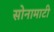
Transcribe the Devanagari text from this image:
सोनामाटी